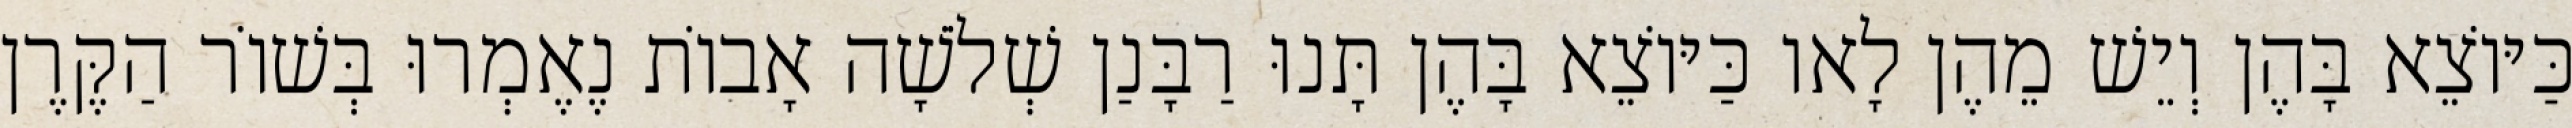
כַּיּוֹצֵא בָּהֶן וְיֵשׁ מֵהֶן לָאו כַּיּוֹצֵא בָּהֶן תָּנוּ רַבָּנַן שְׁלֹשָׁה אָבוֹת נֶאֶמְרוּ בְּשׁוֹר הַקֶּרֶן